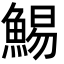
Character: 鯣